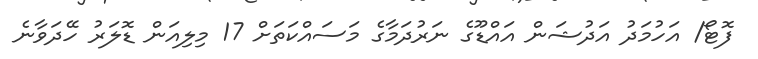
ފޮޓޯ/ އަހުމަދު އަދުޝަން އައްޑޫގެ ނަރުދަމާގެ މަސައްކަތަށް 17 މިލިއަން ޑޮލަރު ހޭދަވާނެ